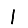
Digit: 1